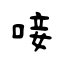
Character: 唼